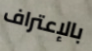
بالإعتراف